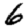
Digit: 6